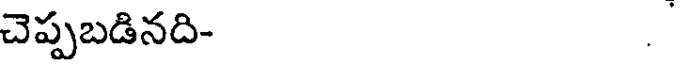
చెప్పబడినది- .